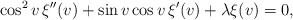
\begin{align*} \cos^{2}v\,\xi''(v)+\sin v\cos v\,\xi'(v)+\lambda\xi(v)=0, \end{align*}